画像に写った文字を読んでください
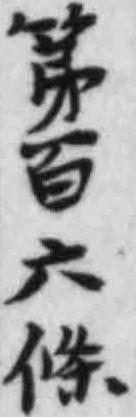
「第百六條」と書いてあります